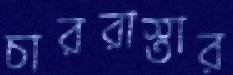
চাররাস্তার